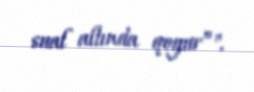
sual altında qoyur”".